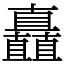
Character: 矗